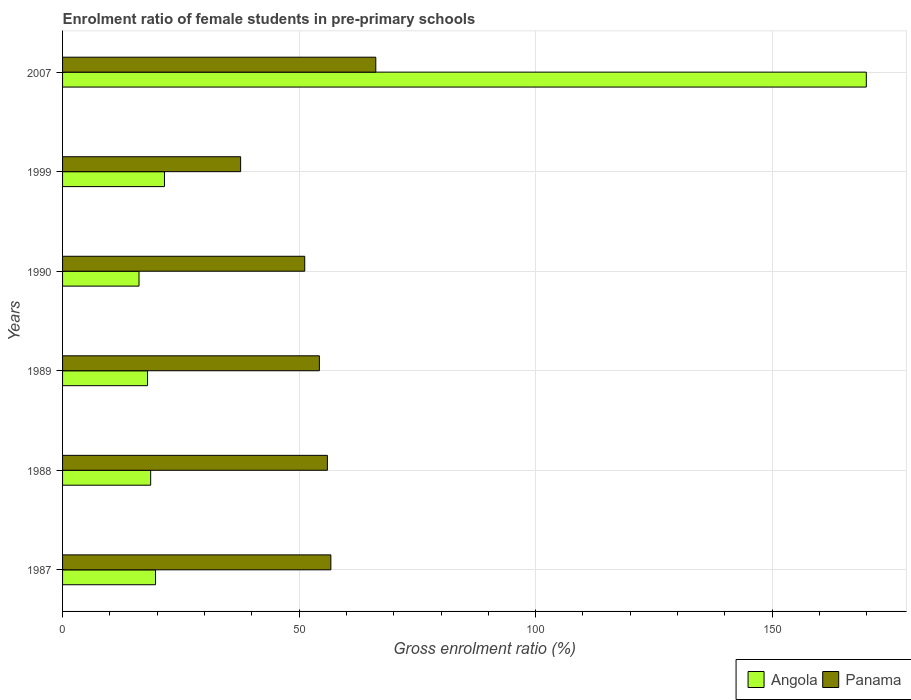
| Years | Angola | Panama |
 | --- | --- | --- |
 | 1987 | 19.6 | 56.7 |
 | 1988 | 18.6 | 56 |
 | 1989 | 18 | 54.3 |
 | 1990 | 16.2 | 51.2 |
 | 1999 | 21.5 | 37.6 |
 | 2007 | 170 | 66.2 |